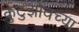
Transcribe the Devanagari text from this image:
कुटुझोवच्या